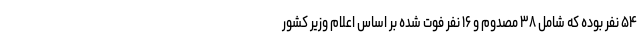
۵۴ نفر بوده که شامل ۳۸ مصدوم و ۱۶ نفر فوت شده بر اساس اعلام وزیر کشور